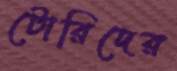
টোরিদের